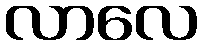
လာလေ